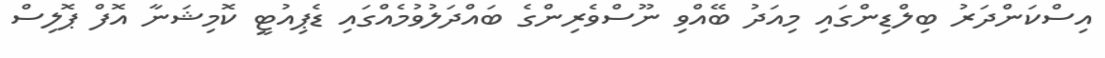
އިސްކަންދަރު ބިލްޑިންގައި މިއަދު ބޭއްވި ނޫސްވެރިންގެ ބައްދަލުވުމެއްގައި ޑެޕިއުޓީ ކޮމިޝަނާ އޮފް ޕޮލިސް